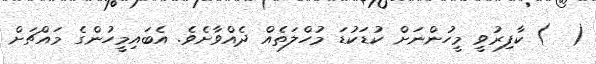
(  ) ކާފިރުވީ މީހުންނަށް ކުޑަކުޑަ މުހްލަތެއް ދެއްވާށެވެ. އެބައިމީހުންގެ މައްޗަށް